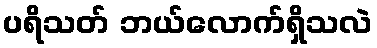
ပရိသတ် ဘယ်လောက်ရှိသလဲ